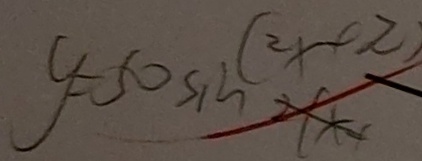
y = 5 0 \sin ( 2 x + z )